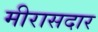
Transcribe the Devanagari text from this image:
मीरासदार